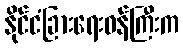
နိုင်ငံခြားရေးဝန်ကြီးက